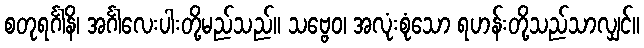
စတုရင်္ဂါနိ၊ အင်္ဂါလေးပါးတို့မည်သည်။ သဗ္ဗေဝ၊ အလုံးစုံသော ရဟန်းတို့သည်သာလျှင်။